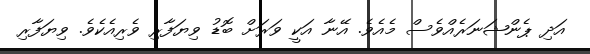
އަދި ޕެންޝަނަރެއްވެސް މެއެވެ. އޭނާ އަކީ ވަރަށް ބޮޑު ވިޔަފާރި ވެރިއެކެވެ. ވިޔަފާރި